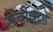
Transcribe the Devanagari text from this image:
सेबीकडे